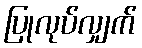
ပြုလုပ်လျှက်